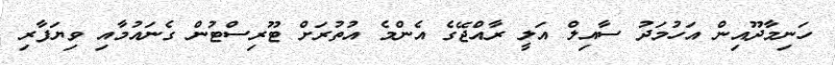
ހަނިމާދޫއިން އަހުމަދު ސާއިލް އަލީ ރާއްޖޭގެ އެންމެ އުތުރަށް ޓޫރިސްޓުން ގެނައުމާއި ވިޔަފާރި